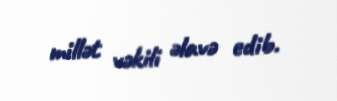
millət vəkili əlavə edib.